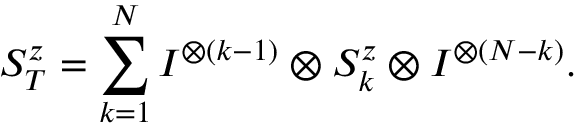
S _ { T } ^ { z } = \sum _ { k = 1 } ^ { N } I ^ { \otimes ( k - 1 ) } \otimes S _ { k } ^ { z } \otimes I ^ { \otimes ( N - k ) } .